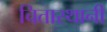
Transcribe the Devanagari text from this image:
चितास्थानी